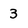
Character: 3